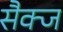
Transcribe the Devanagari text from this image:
सैक्ज